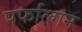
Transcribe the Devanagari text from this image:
पर्फाल्गन